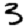
Digit: 3